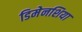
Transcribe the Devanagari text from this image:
डिमेनशिया